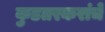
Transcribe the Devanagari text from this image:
कुडतरकरांचे